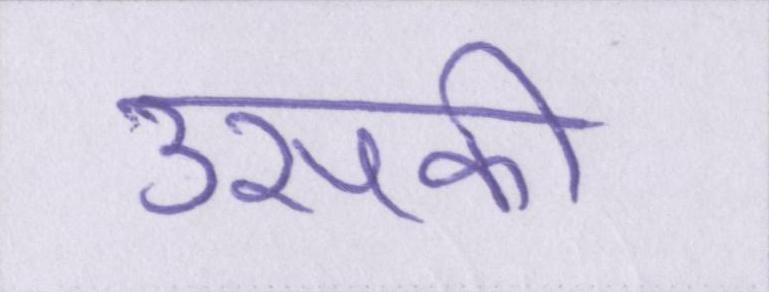
उसकी